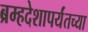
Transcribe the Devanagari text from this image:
ब्रम्हदेशापर्यंतच्या